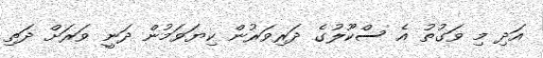
އަދި މި ވަގުތު އެ ސްކޫލުގެ ދަރިވަރުން ކިޔަވަމުން ދަނީ ވަރަށް ދަތި